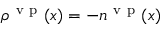
\rho ^ { \ensuremath { \mathrm { ~ v ~ p ~ } } } ( x ) = - n ^ { \ensuremath { \mathrm { ~ v ~ p ~ } } } ( x )